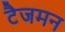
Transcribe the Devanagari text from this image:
टैजमन